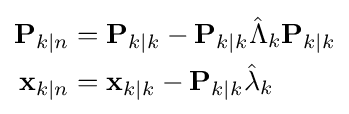
{\begin{aligned}\mathbf {P} _{k\mid n}&=\mathbf {P} _{k\mid k}-\mathbf {P} _{k\mid k}{\hat {\Lambda }}_{k}\mathbf {P} _{k\mid k}\\\mathbf {x} _{k\mid n}&=\mathbf {x} _{k\mid k}-\mathbf {P} _{k\mid k}{\hat {\lambda }}_{k}\end{aligned}}